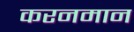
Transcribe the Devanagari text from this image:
करनमान